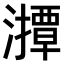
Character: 𤁡